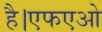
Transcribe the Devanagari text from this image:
है।एफएओ